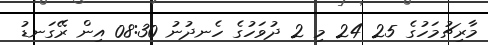
މާރިޗުމަހުގެ 25 24 މި 2 ދުވަހުގެ ހެނދުނު 08:30 އިން ރޭގަނޑު